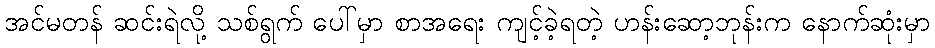
အင်မတန် ဆင်းရဲလို့ သစ်ရွက် ပေါ်မှာ စာအရေး ကျင့်ခဲ့ရတဲ့ ဟန်းဆော့ဘုန်းက နောက်ဆုံးမှာ